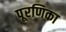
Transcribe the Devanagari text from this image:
पूरणिका